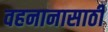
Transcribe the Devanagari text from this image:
वहनानासाठी